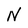
Character: N